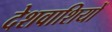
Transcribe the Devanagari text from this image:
देशवाशियों